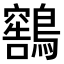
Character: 𫛕